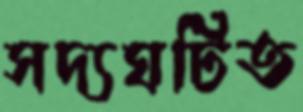
সদ্যঘটিত